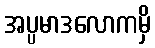
အပ္ပမာဒလောကမှိ